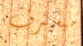
سيعترف